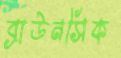
ব্রাউনসিক